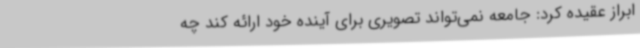
ابراز عقیده کرد: جامعه نمی‌تواند تصویری برای آینده خود ارائه کند چه